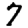
Digit: 7